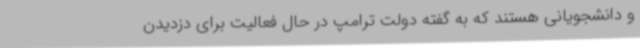
و دانشجویانی هستند که به گفته دولت ترامپ در حال فعالیت برای دزدیدن